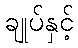
ချုပ်နှင့်